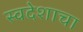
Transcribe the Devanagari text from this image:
स्वदेशाचा